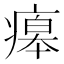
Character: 㿁